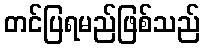
တင်ပြရမည်ဖြစ်သည်